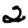
Digit: 2